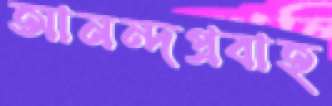
আনন্দপ্রবাহ